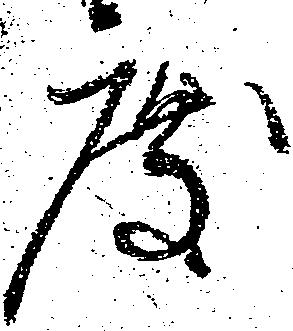
度